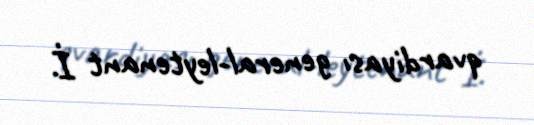
qvardiyası general-leytenant İ.